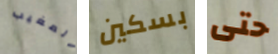
المغيب بسكين حتى